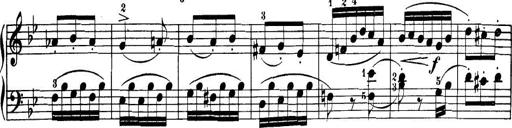
Title: 32 Sonatinas and Rondos for the Piano
Composer: Richard Kleinmichel